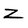
Character: Z